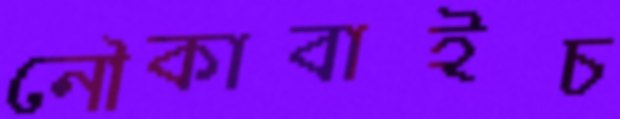
নৌকাবাইচ